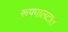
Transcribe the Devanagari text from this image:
रूपपालटात